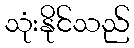
သုံးနိုင်သည်